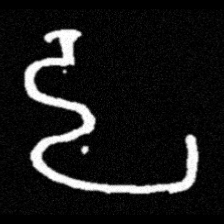
Pyu character \u2014 Myanmar letter: ဠ (romanized: lla)